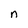
Character: n